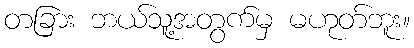
တခြား ဘယ်သူ့အတွက်မှ မဟုတ်ဘူး။